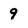
Character: 9